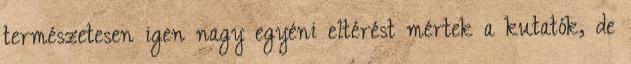
természetesen igen nagy egyéni eltérést mértek a kutatók, de